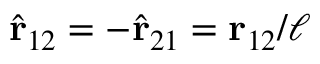
\hat { \mathbf { r } } _ { 1 2 } = - \hat { \mathbf { r } } _ { 2 1 } = \mathbf { r } _ { 1 2 } / \ell